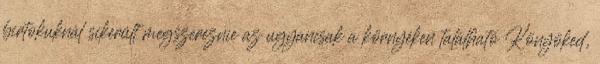
birtokuknál sikerült megszereznie az ugyancsak a környéken található Könyöked,